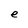
Character: e